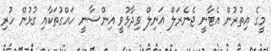
މީގެ އިތުރުން އެޓާނީ ޖެނެރަލް އަނިލް ވިދާޅުވީ އިންސާނީ ހައްގުތަކާއި ގުޅުން ހުރި